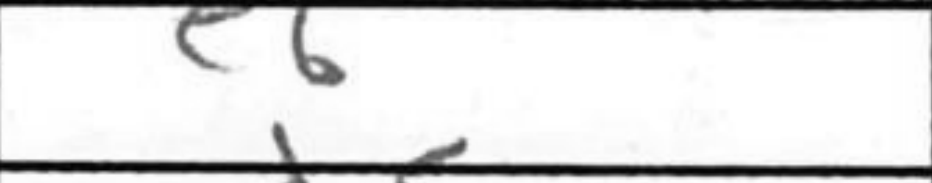
Transcription: e6